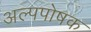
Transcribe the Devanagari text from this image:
अल्पपोषक